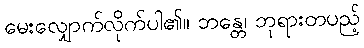
မေးလျှောက်လိုက်ပါ၏။ ဘန္တေ၊ ဘုရားတပည့်